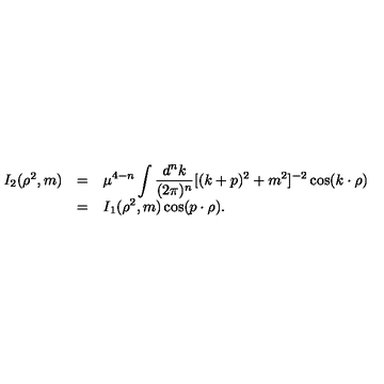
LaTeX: \begin{array} { r c l } { I _ { 2 } ( \rho ^ { 2 } , m ) } & { = } & { \displaystyle \mu ^ { 4 - n } \int \frac { d ^ { n } k } { ( 2 \pi ) ^ { n } } [ ( k + p ) ^ { 2 } + m ^ { 2 } ] ^ { - 2 } \cos ( k \cdot \rho ) } \\ { } & { = } & { \displaystyle I _ { 1 } ( \rho ^ { 2 } , m ) \cos ( p \cdot \rho ) . } \\ \end{array}